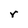
Character: r